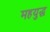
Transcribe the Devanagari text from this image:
महयुद्ध